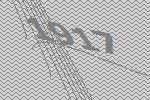
1917